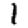
Digit: 1